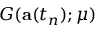
G ( \mathbf { a } ( t _ { n } ) ; \mu )